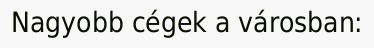
Nagyobb cégek a városban: